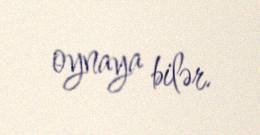
oynaya bilər.